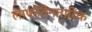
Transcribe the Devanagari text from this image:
लाफोंतेनतारिक